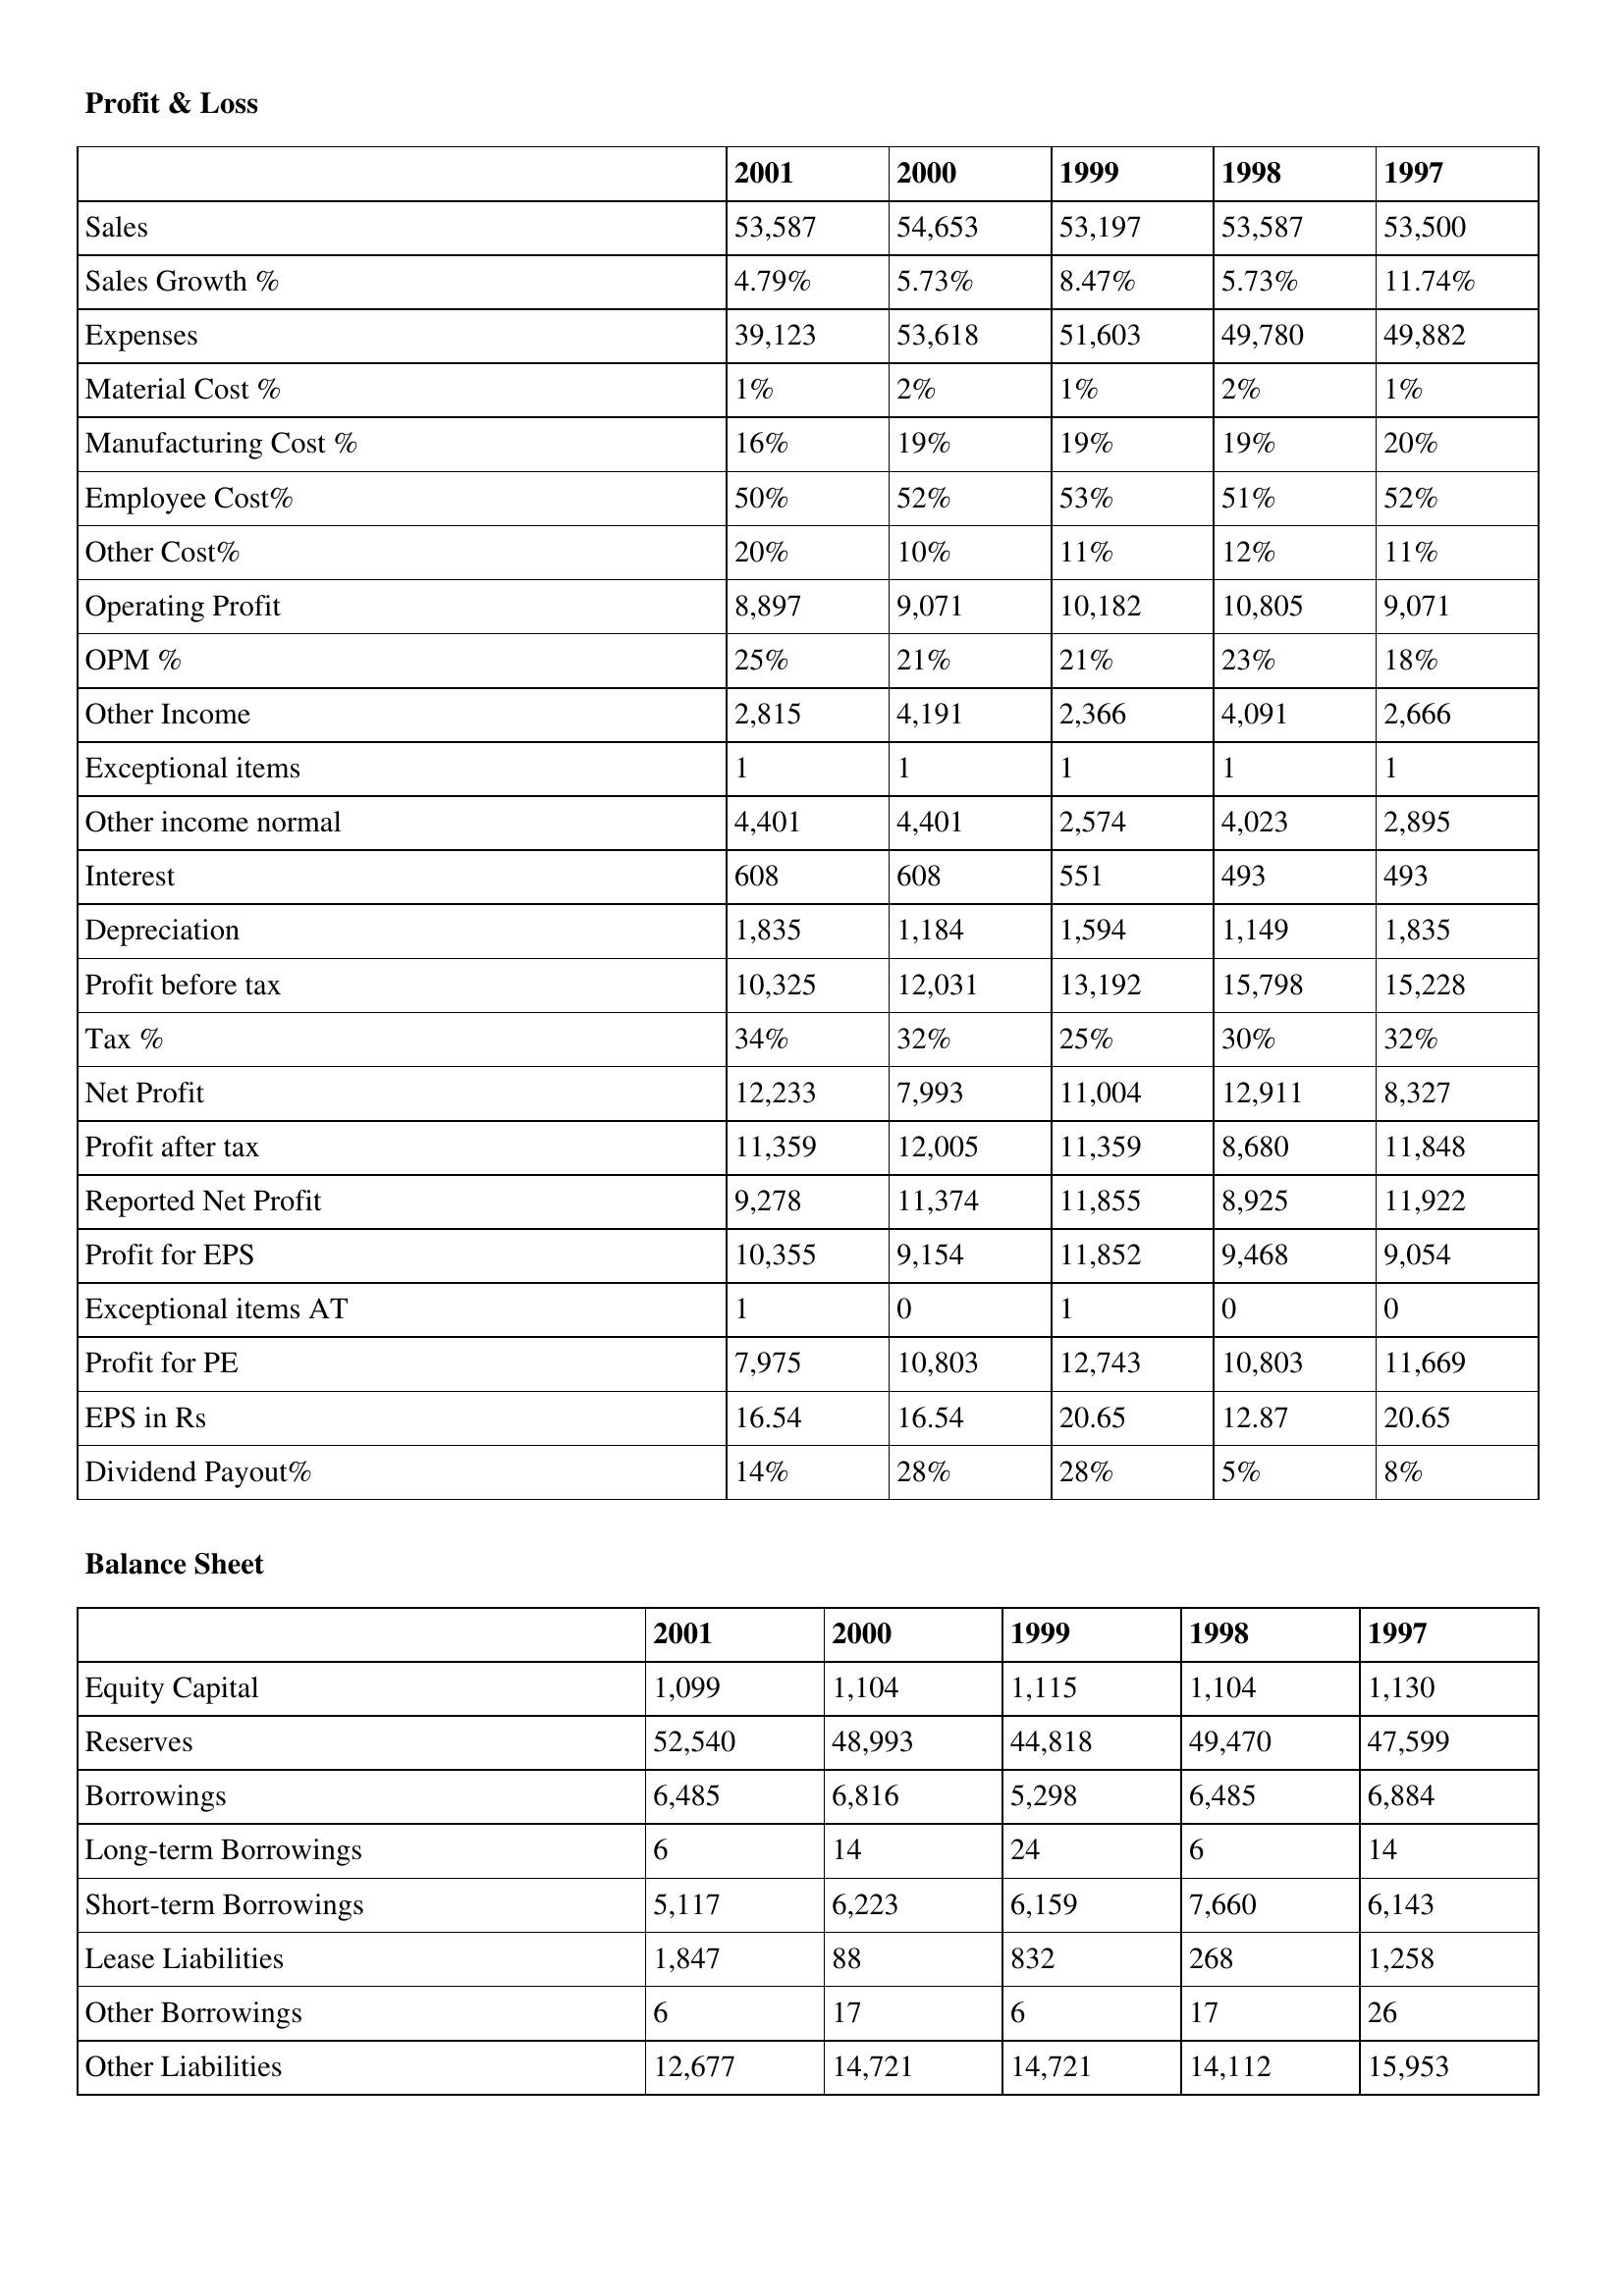
gt_parse: 2001: Profit & Loss: Sales: 53,587
Sales Growth %: 4.79%
Expenses: 39,123
Material Cost %: 1%
Manufacturing Cost %: 16%
Employee Cost%: 50%
Other Cost%: 20%
Operating Profit: 8,897
OPM %: 25%
Other Income: 2,815
Exceptional items: 1
Other income normal: 4,401
Interest: 608
Depreciation: 1,835
Profit before tax: 10,325
Tax %: 34%
Net Profit: 12,233
Profit after tax: 11,359
Reported Net Profit: 9,278
Profit for EPS: 10,355
Exceptional items AT: 1
Profit for PE: 7,975
EPS in Rs: 16.54
Dividend Payout%: 14%
Balance Sheet: Equity Capital: 1,099
Reserves: 52,540
Borrowings: 6,485
Long-term Borrowings: 6
Short-term Borrowings: 5,117
Lease Liabilities: 1,847
Other Borrowings: 6
Other Liabilities: 12,677
2000: Profit & Loss: Sales: 54,653
Sales Growth %: 5.73%
Expenses: 53,618
Material Cost %: 2%
Manufacturing Cost %: 19%
Employee Cost%: 52%
Other Cost%: 10%
Operating Profit: 9,071
OPM %: 21%
Other Income: 4,191
Exceptional items: 1
Other income normal: 4,401
Interest: 608
Depreciation: 1,184
Profit before tax: 12,031
Tax %: 32%
Net Profit: 7,993
Profit after tax: 12,005
Reported Net Profit: 11,374
Profit for EPS: 9,154
Exceptional items AT: 0
Profit for PE: 10,803
EPS in Rs: 16.54
Dividend Payout%: 28%
Balance Sheet: Equity Capital: 1,104
Reserves: 48,993
Borrowings: 6,816
Long-term Borrowings: 14
Short-term Borrowings: 6,223
Lease Liabilities: 88
Other Borrowings: 17
Other Liabilities: 14,721
1999: Profit & Loss: Sales: 53,197
Sales Growth %: 8.47%
Expenses: 51,603
Material Cost %: 1%
Manufacturing Cost %: 19%
Employee Cost%: 53%
Other Cost%: 11%
Operating Profit: 10,182
OPM %: 21%
Other Income: 2,366
Exceptional items: 1
Other income normal: 2,574
Interest: 551
Depreciation: 1,594
Profit before tax: 13,192
Tax %: 25%
Net Profit: 11,004
Profit after tax: 11,359
Reported Net Profit: 11,855
Profit for EPS: 11,852
Exceptional items AT: 1
Profit for PE: 12,743
EPS in Rs: 20.65
Dividend Payout%: 28%
Balance Sheet: Equity Capital: 1,115
Reserves: 44,818
Borrowings: 5,298
Long-term Borrowings: 24
Short-term Borrowings: 6,159
Lease Liabilities: 832
Other Borrowings: 6
Other Liabilities: 14,721
1998: Profit & Loss: Sales: 53,587
Sales Growth %: 5.73%
Expenses: 49,780
Material Cost %: 2%
Manufacturing Cost %: 19%
Employee Cost%: 51%
Other Cost%: 12%
Operating Profit: 10,805
OPM %: 23%
Other Income: 4,091
Exceptional items: 1
Other income normal: 4,023
Interest: 493
Depreciation: 1,149
Profit before tax: 15,798
Tax %: 30%
Net Profit: 12,911
Profit after tax: 8,680
Reported Net Profit: 8,925
Profit for EPS: 9,468
Exceptional items AT: 0
Profit for PE: 10,803
EPS in Rs: 12.87
Dividend Payout%: 5%
Balance Sheet: Equity Capital: 1,104
Reserves: 49,470
Borrowings: 6,485
Long-term Borrowings: 6
Short-term Borrowings: 7,660
Lease Liabilities: 268
Other Borrowings: 17
Other Liabilities: 14,112
1997: Profit & Loss: Sales: 53,500
Sales Growth %: 11.74%
Expenses: 49,882
Material Cost %: 1%
Manufacturing Cost %: 20%
Employee Cost%: 52%
Other Cost%: 11%
Operating Profit: 9,071
OPM %: 18%
Other Income: 2,666
Exceptional items: 1
Other income normal: 2,895
Interest: 493
Depreciation: 1,835
Profit before tax: 15,228
Tax %: 32%
Net Profit: 8,327
Profit after tax: 11,848
Reported Net Profit: 11,922
Profit for EPS: 9,054
Exceptional items AT: 0
Profit for PE: 11,669
EPS in Rs: 20.65
Dividend Payout%: 8%
Balance Sheet: Equity Capital: 1,130
Reserves: 47,599
Borrowings: 6,884
Long-term Borrowings: 14
Short-term Borrowings: 6,143
Lease Liabilities: 1,258
Other Borrowings: 26
Other Liabilities: 15,953